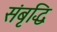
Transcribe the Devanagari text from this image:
संबृद्धि